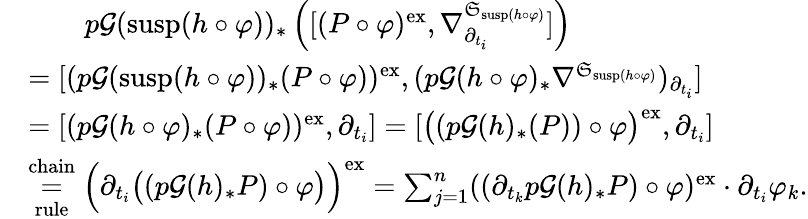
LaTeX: \begin{array}{rl}&{\qquad p\mathcal{G}(\mathrm{susp}(h\circ\varphi))_{\ast}\left(\lbrack(P\circ\varphi)^{\mathrm{ex}},\nabla_{\partial_{t_{i}}}^{\mathfrak{S}_{\mathrm{susp}(h\circ\varphi)}}\rbrack\right)}\\ &{=\lbrack(p\mathcal{G}(\mathrm{susp}(h\circ\varphi))_{\ast}(P\circ\varphi))^{\mathrm{ex}},(p\mathcal{G}(h\circ\varphi)_{\ast}\nabla^{\mathfrak{S}_{\mathrm{susp}(h\circ\varphi)}})_{\partial_{t_{i}}}\rbrack}\\ &{=\lbrack(p\mathcal{G}(h\circ\varphi)_{\ast}(P\circ\varphi))^{\mathrm{ex}},\partial_{t_{i}}\rbrack=\lbrack\bigl((p\mathcal{G}(h)_{\ast}(P))\circ\varphi\bigr)^{\mathrm{ex}},\partial_{t_{i}}\rbrack}\\ &{\underset{\mathrm{rule}}{\overset{\mathrm{chain}}{=}}\Bigl(\partial_{t_{i}}\bigl((p\mathcal{G}(h)_{\ast}P)\circ\varphi\bigr)\Bigr)^{\mathrm{ex}}=\sum_{j=1}^{n}((\partial_{t_{k}}p\mathcal{G}(h)_{\ast}P)\circ\varphi)^{\mathrm{ex}}\cdot\partial_{t_{i}}\varphi_{k}.}\end{array}